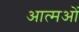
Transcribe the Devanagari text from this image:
आत्मओं